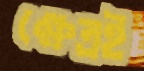
ক্ষেত্রই